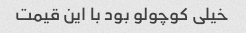
خیلی کوچولو بود با این قیمت